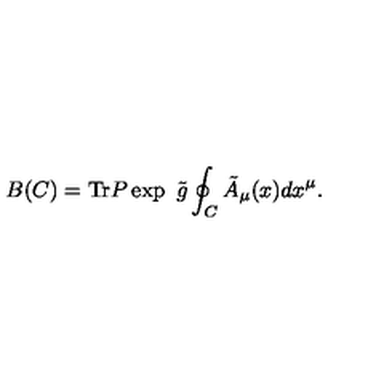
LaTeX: B ( C ) = \mathrm { T r } P \exp \ \tilde { g } \oint _ { C } \tilde { A } _ { \mu } ( x ) d x ^ { \mu } .